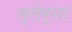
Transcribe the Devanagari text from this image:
ल्लेर्ना